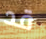
قد